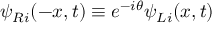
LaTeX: \psi _ { R i } ( - x , t ) \equiv e ^ { - i \theta } \psi _ { L i } ( x , t )